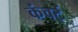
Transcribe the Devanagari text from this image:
कंवर्ट